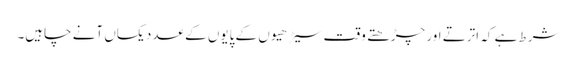
شرط ہے کہ اترتے اور چڑھتے وقت سیڑھیوں کے پایوں کے عدد یکساں آنے چاہیں۔